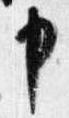
申